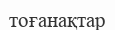
тоғанақтар